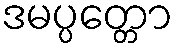
ဒမပ္ပတ္တော